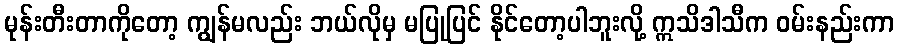
မုန်းတီးတာကိုတော့ ကျွန်မလည်း ဘယ်လိုမှ မပြုပြင် နိုင်တော့ပါဘူးလို့ ဣသိဒါသီက ဝမ်းနည်းကာ